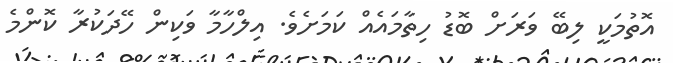
އޮތުމަކީ ލިބޭ ވަރަށް ބޮޑު ހިތާމައެއް ކަމަށެވެ. އިލްހާމާ ވަކިން ހޭދަކުރާ ކޮންމެ